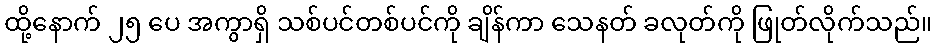
ထို့နောက် ၂၅ ပေ အကွာရှိ သစ်ပင်တစ်ပင်ကို ချိန်ကာ သေနတ် ခလုတ်ကို ဖြုတ်လိုက်သည်။